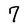
Character: 7